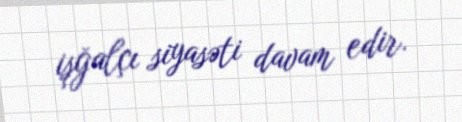
işğalçı siyasəti davam edir.